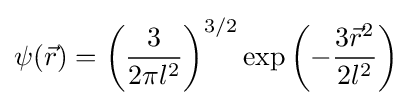
\psi ({\vec {r}})=\left({\frac {3}{2\pi l^{2}}}\right)^{3/2}\exp \left(-{\frac {3{\vec {r}}^{2}}{2l^{2}}}\right)